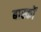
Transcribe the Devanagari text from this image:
बास्कों